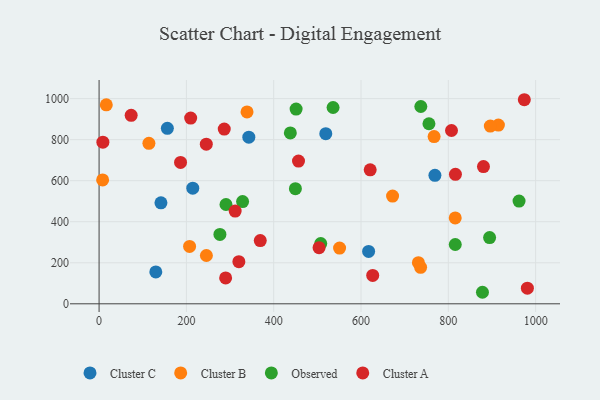
{"axis": {"x": "Distance", "y": "Demand"}, "legend": ["Cluster A", "Cluster B", "Cluster C", "Observed"], "data": [{"x": "343.0", "y": 812.0, "type": "Cluster C"}, {"x": "617.4", "y": 255.3, "type": "Cluster C"}, {"x": "519.3", "y": 829.2, "type": "Cluster C"}, {"x": "769.3", "y": 626.2, "type": "Cluster C"}, {"x": "156.4", "y": 855.2, "type": "Cluster C"}, {"x": "129.9", "y": 155.3, "type": "Cluster C"}, {"x": "214.6", "y": 563.5, "type": "Cluster C"}, {"x": "141.7", "y": 491.9, "type": "Cluster C"}, {"x": "550.9", "y": 271.6, "type": "Cluster B"}, {"x": "207.3", "y": 279.5, "type": "Cluster B"}, {"x": "767.4", "y": 815.2, "type": "Cluster B"}, {"x": "914.7", "y": 871.1, "type": "Cluster B"}, {"x": "245.8", "y": 235.4, "type": "Cluster B"}, {"x": "896.2", "y": 866.0, "type": "Cluster B"}, {"x": "16.5", "y": 969.6, "type": "Cluster B"}, {"x": "731.5", "y": 200.6, "type": "Cluster B"}, {"x": "736.5", "y": 177.9, "type": "Cluster B"}, {"x": "8.1", "y": 603.8, "type": "Cluster B"}, {"x": "338.9", "y": 935.2, "type": "Cluster B"}, {"x": "815.8", "y": 418.4, "type": "Cluster B"}, {"x": "672.3", "y": 524.8, "type": "Cluster B"}, {"x": "114.1", "y": 782.3, "type": "Cluster B"}, {"x": "451.3", "y": 949.1, "type": "Observed"}, {"x": "276.8", "y": 338.1, "type": "Observed"}, {"x": "737.0", "y": 961.6, "type": "Observed"}, {"x": "894.6", "y": 322.7, "type": "Observed"}, {"x": "328.7", "y": 498.1, "type": "Observed"}, {"x": "449.7", "y": 561.3, "type": "Observed"}, {"x": "536.0", "y": 956.6, "type": "Observed"}, {"x": "290.7", "y": 484.0, "type": "Observed"}, {"x": "755.6", "y": 877.5, "type": "Observed"}, {"x": "878.2", "y": 56.2, "type": "Observed"}, {"x": "438.1", "y": 832.6, "type": "Observed"}, {"x": "962.0", "y": 500.5, "type": "Observed"}, {"x": "507.7", "y": 293.5, "type": "Observed"}, {"x": "815.9", "y": 289.1, "type": "Observed"}, {"x": "974.1", "y": 994.6, "type": "Cluster A"}, {"x": "320.2", "y": 205.3, "type": "Cluster A"}, {"x": "209.8", "y": 905.4, "type": "Cluster A"}, {"x": "73.5", "y": 918.5, "type": "Cluster A"}, {"x": "245.6", "y": 777.9, "type": "Cluster A"}, {"x": "880.5", "y": 668.6, "type": "Cluster A"}, {"x": "503.9", "y": 273.4, "type": "Cluster A"}, {"x": "621.0", "y": 653.1, "type": "Cluster A"}, {"x": "816.3", "y": 631.2, "type": "Cluster A"}, {"x": "456.8", "y": 695.8, "type": "Cluster A"}, {"x": "8.7", "y": 787.5, "type": "Cluster A"}, {"x": "981.1", "y": 76.4, "type": "Cluster A"}, {"x": "186.6", "y": 689.2, "type": "Cluster A"}, {"x": "369.2", "y": 308.2, "type": "Cluster A"}, {"x": "289.9", "y": 125.9, "type": "Cluster A"}, {"x": "286.7", "y": 851.4, "type": "Cluster A"}, {"x": "807.3", "y": 844.6, "type": "Cluster A"}, {"x": "626.8", "y": 138.1, "type": "Cluster A"}, {"x": "311.7", "y": 451.8, "type": "Cluster A"}]}